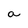
Character: a